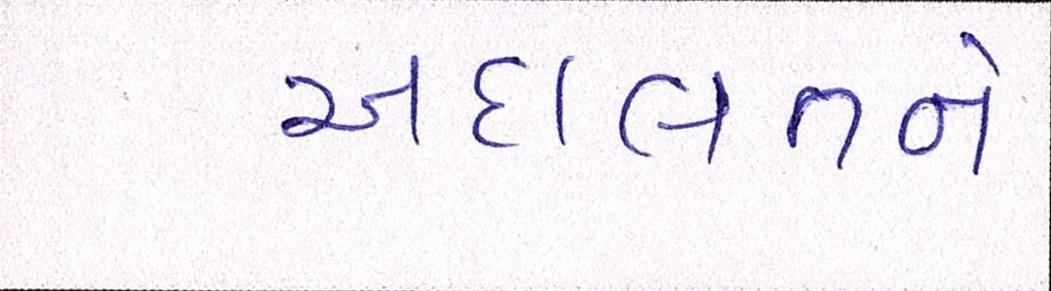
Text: અદાલતને